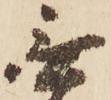
無